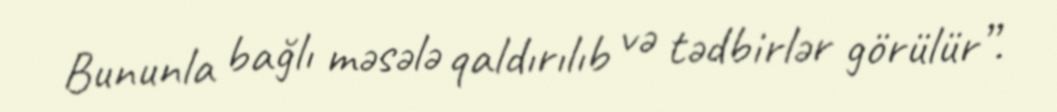
Bununla bağlı məsələ qaldırılıb və tədbirlər görülür”.